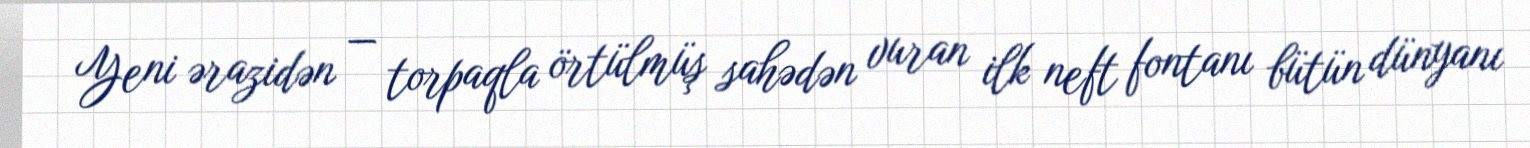
Yeni ərazidən — torpaqla örtülmüş sahədən vuran ilk neft fontanı bütün dünyanı